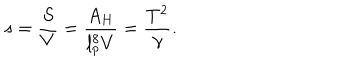
LaTeX: s = { \frac { S } { V } } = { \frac { A _ { H } } { l _ { p } ^ { 8 } V } } = { \frac { T ^ { 2 } } { \gamma } } .